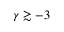
\gamma \gtrsim - 3